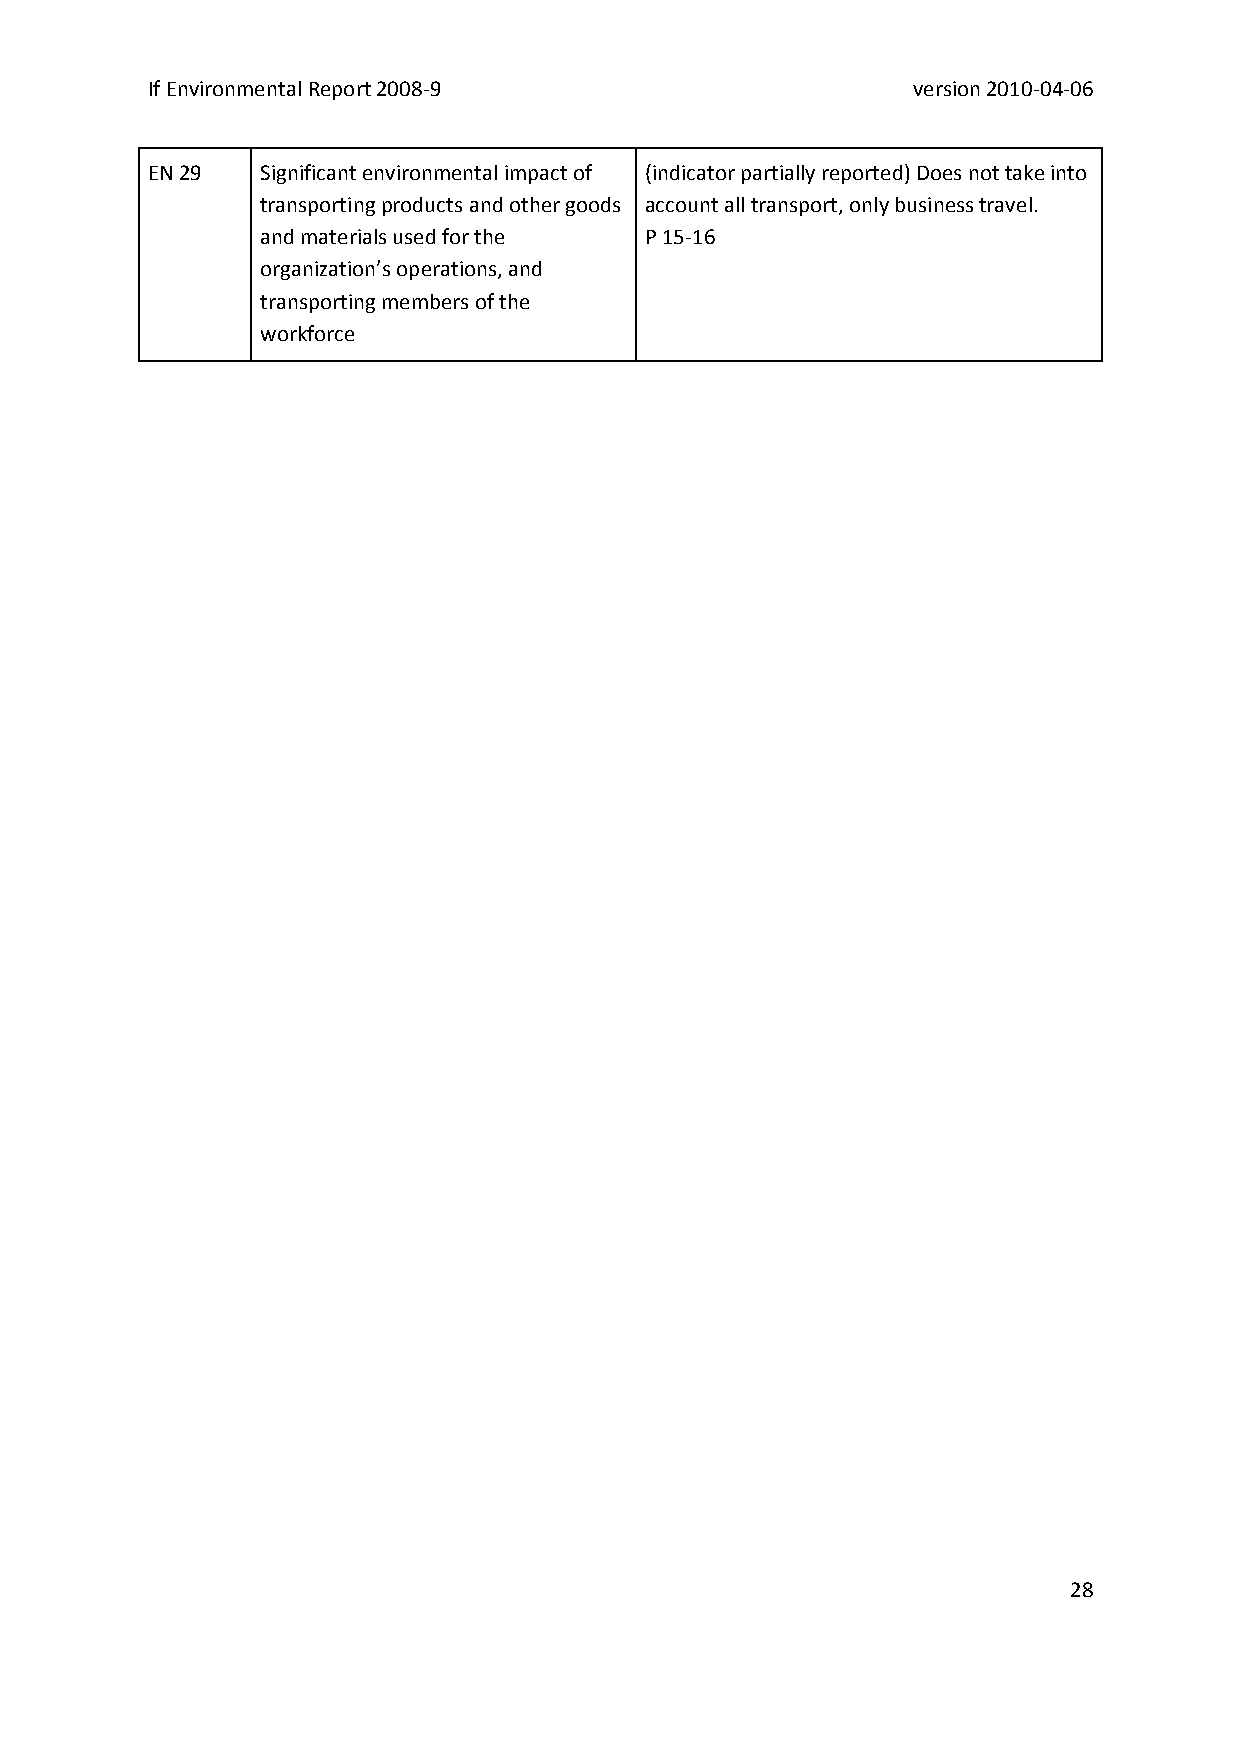
If Environmental Report 2008‐9                    version 2010‐04‐06
 EN 29  Significant environmental impact of (indicator partially reported) Does not take into
 transporting products and other goods account all transport, only business travel.
 and materials used for the P 15‐16
 organization’s operations, and
 transporting members of the
 workforce
 28